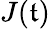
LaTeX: J(\mathfrak{t})